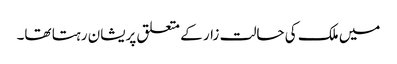
میں ملک کی حالت زار کے متعلق پریشان رہتا تھا۔